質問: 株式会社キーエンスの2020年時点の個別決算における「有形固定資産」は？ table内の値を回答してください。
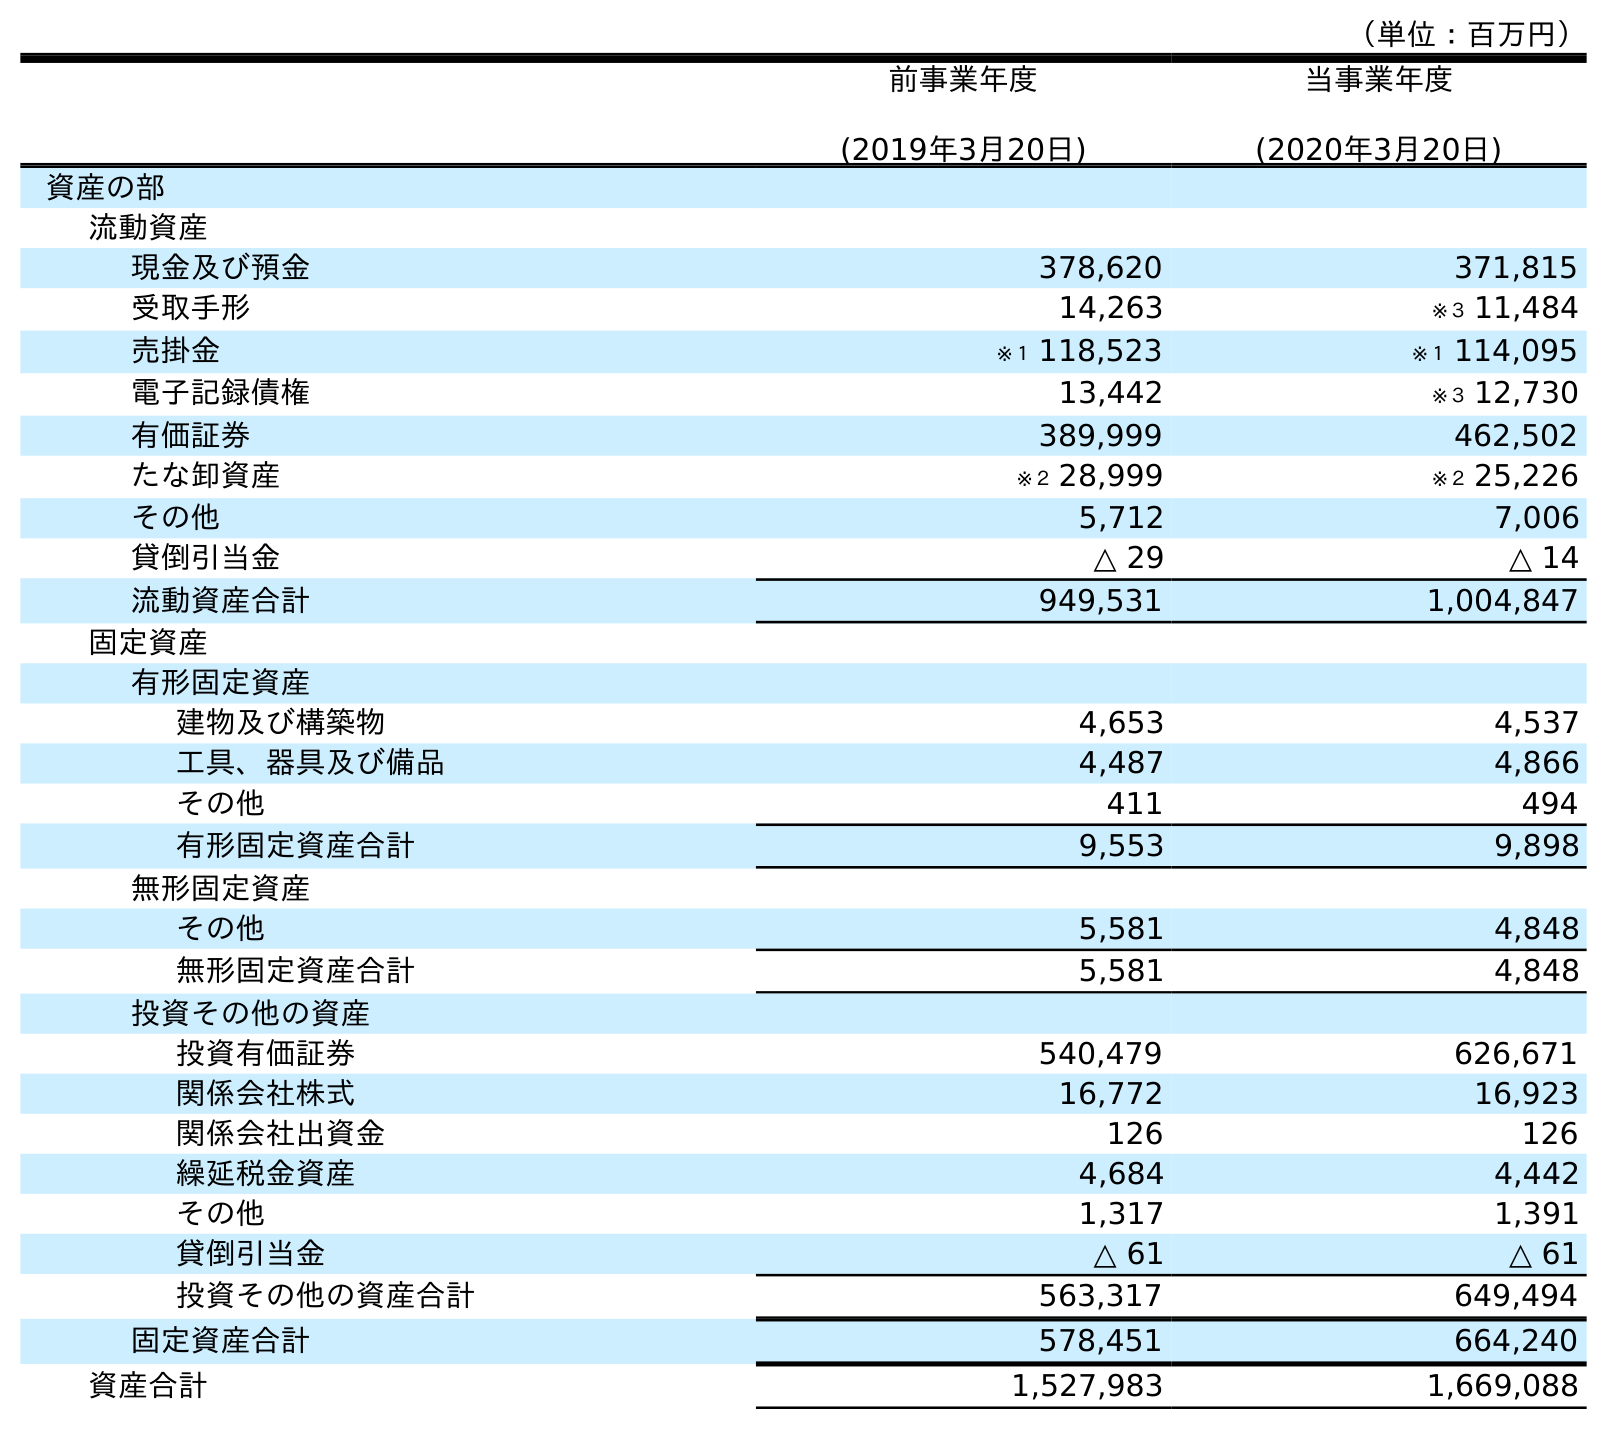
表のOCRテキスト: （単位：百万円） 前事業年度 (2019年3月20日) 当事業年度 (2020年3月20日) 資産の部 流動資産 現金及び預金 378,620 371,815 受取手形 14,263 ※３ 11,484 売掛金 ※１ 118,523 ※１ 114,095 電子記録債権 13,442 ※３ 12,730 有価証券 389,999 462,502 たな卸資産 ※２ 28,999 ※２ 25,226 その他 5,712 7,006 貸倒引当金 △ 29 △ 14 流動資産合計 949,531 1,004,847 固定資産 有形固定資産 建物及び構築物 4,653 4,537 工具、器具及び備品 4,487 4,866 その他 411 494 有形固定資産合計 9,553 9,898 無形固定資産 その他 5,581 4,848 無形固定資産合計 5,581 4,848 投資その他の資産 投資有価証券 540,479 626,671 関係会社株式 16,772 16,923 関係会社出資金 126 126 繰延税金資産 4,684 4,442 その他 1,317 1,391 貸倒引当金 △ 61 △ 61 投資その他の資産合計 563,317 649,494 固定資産合計 578,451 664,240 資産合計 1,527,983 1,669,088
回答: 9,898